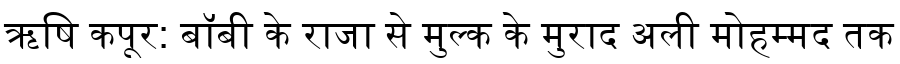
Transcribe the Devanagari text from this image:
ऋषि कपूर: बॉबी के राजा से मुल्क के मुराद अली मोहम्मद तक